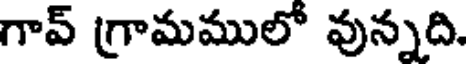
గావ్ గ్రామములో వున్నది.